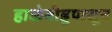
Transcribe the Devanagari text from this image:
हाळेबीडूपासून